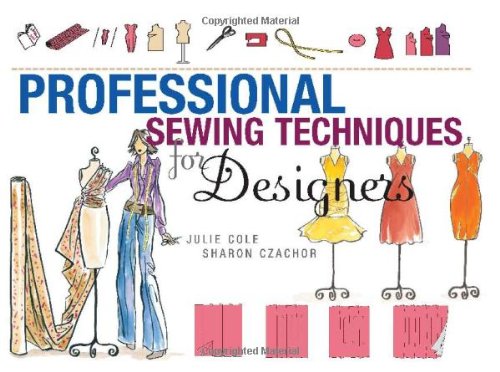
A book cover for Professional Sewing Techniques for Designers; Sharon Czachor; Arts & Photography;